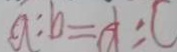
a : b = d : c